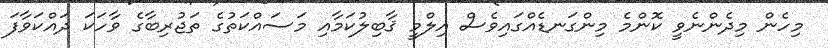
މިހެން މިދެންނެވީ ކޮންމެ މިންގަނޑެއްގައިވެސް އިލްމީ ޤާބިލުކަމާއި މަސައްކަތުގެ ތަޖުރިބާގެ ވާހަކަ ދައްކަވާފަ